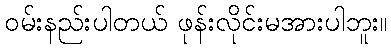
ဝမ်းနည်းပါတယ် ဖုန်းလိုင်းမအားပါဘူး။